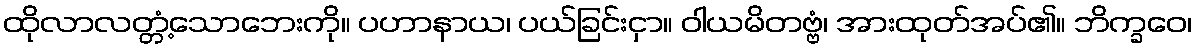
ထိုလာလတ္တံ့သောဘေးကို။ ပဟာနာယ၊ ပယ်ခြင်းငှာ။ ဝါယမိတဗ္ဗံ၊ အားထုတ်အပ်၏။ ဘိက္ခဝေ၊